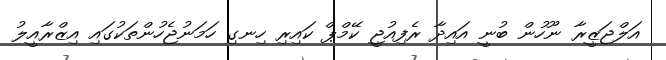
އަލްޖަޒީރާ ނޫހުން ބުނީ އައިދާ ރެފިއުޖީ ކޭމްޕް ކައިރި ހިނގި ހަމަނުޖެހުންތަކުގައި އިޒްރާއީލު